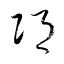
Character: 邛